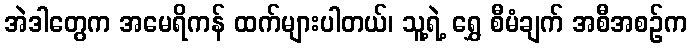
အဲဒါတွေက အမေရိကန် ထက်များပါတယ်၊ သူ့ရဲ့ ရွှေ စီမံချက် အစီအစဉ်က